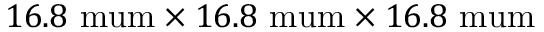
1 6 . 8 \mathrm { \ m u m } \times 1 6 . 8 \mathrm { \ m u m } \times 1 6 . 8 \mathrm { \ m u m }